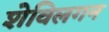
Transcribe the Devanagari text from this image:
शेविलगन